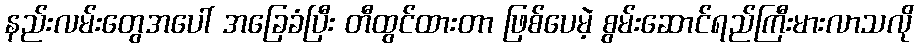
နည်းလမ်းတွေအပေါ် အခြေခံပြီး တီထွင်ထားတာ ဖြစ်ပေမဲ့ စွမ်းဆောင်ရည်ကြီးမားလာသလို